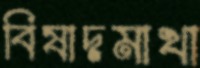
বিষাদমাখা